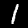
Digit: 1